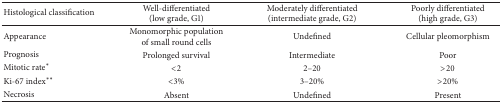
<table><thead><tr><td><b>Histological classification</b></td><td><b>Well-differentiated (low grade, G1)</b></td><td><b>Moderately differentiated (intermediate grade, G2)</b></td><td><b>Poorly differentiated (high grade, G3)</b></td></tr></thead><tbody><tr><td>Appearance</td><td>Monomorphic population of small round cells</td><td>Undefined</td><td>Cellular pleomorphism</td></tr><tr><td>Prognosis</td><td>Prolonged survival</td><td>Intermediate</td><td>Poor</td></tr><tr><td>Mitotic rate*</td><td>&lt;2</td><td>2–20</td><td>&gt;20</td></tr><tr><td>Ki-67 index**</td><td>&lt;3%</td><td>3–20%</td><td>&gt;20%</td></tr><tr><td>Necrosis</td><td>Absent</td><td>Undefined</td><td>Present</td></tr></tbody></table>